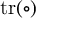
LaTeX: \operatorname { t r } ( \circ )